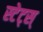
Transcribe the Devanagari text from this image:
स्टेट्स्